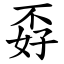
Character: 孬